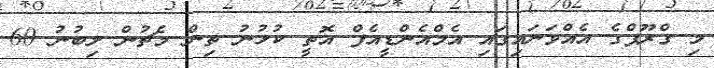
މި ގްރޫޕްގެ އެއްވަނައިގައި އެމްއެންޑީއެފް އޮތީ ކުޅުނު ތިން މެޗުން ލިބުނު 60